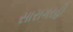
સારાગરહી